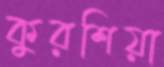
কুরশিয়া